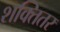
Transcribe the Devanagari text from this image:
शक्तितर